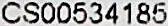
CS00534185